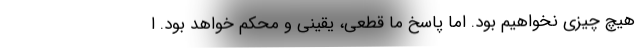
هیچ چیزی نخواهیم بود. اما پاسخ ما قطعی، یقینی و محکم خواهد بود. ا